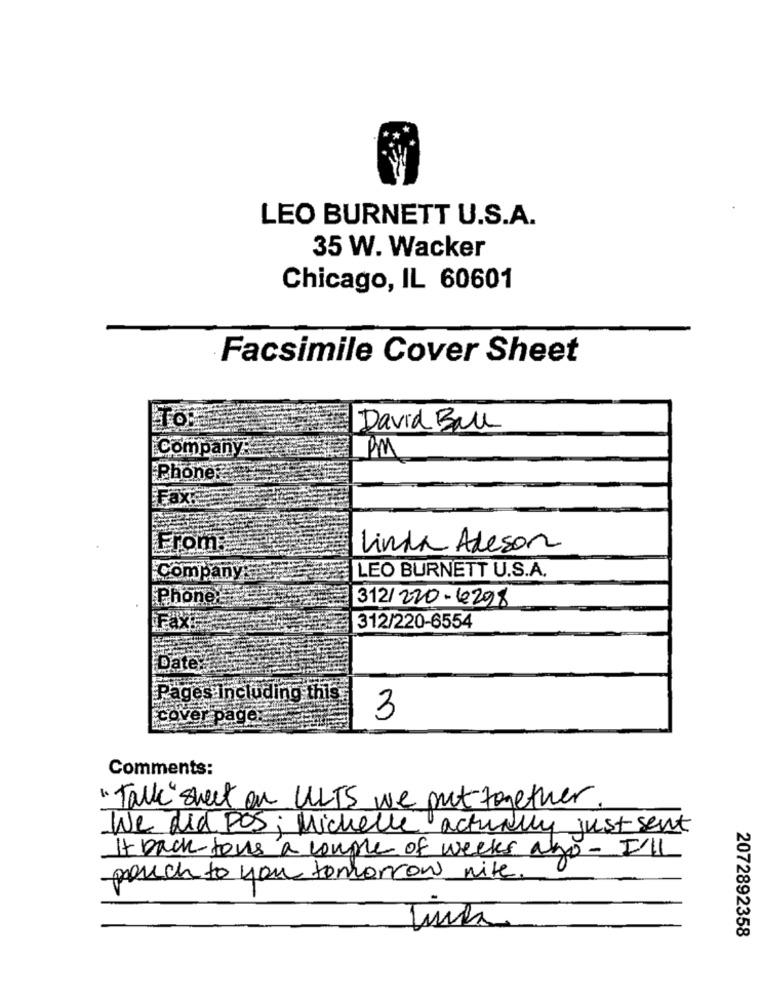
LEO BURNETT U.S.A.
35 W. Wacker
Chicago, IL 60601
Facsimile Cover Sheet
TO"
David Ball
PM
Company:
Phone:
Fax
From
Linda Adeson
Company
LEO BURNETT U.S.A.
Phone
312/220-6298
Fax:
312/220-6554
Date:
Pages Including this
cover page.
3
Comments:
"Talk" sweet on ULTS we put-together
We did POS; Michelle actually just sent
It back tous a couple of weeks ago - I'll
pouch to you tomorrow nite.
2072892358